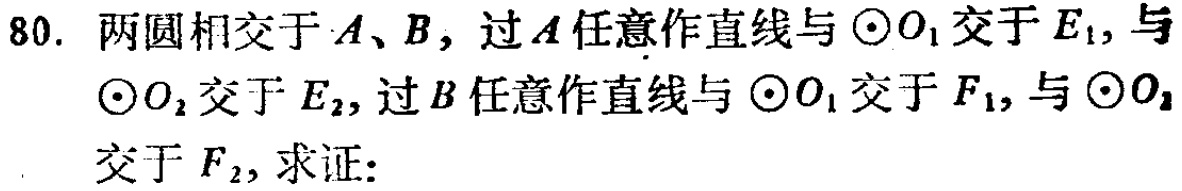
80. 两圆相交于\(A\)、\(B\)，过\(A\)任意作直线与\(\odot O_{1}\)交于\(E_{1}\)，与\(\odot O_{2}\)交于\(E_{2}\)，过\(B\)任意作直线与\(\odot O_{1}\)交于\(F_{1}\)，与\(\odot O_{2}\)交于\(F_{2}\)，求证：